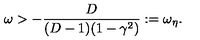
\omega > - \frac { D } { ( D - 1 ) ( 1 - \gamma ^ { 2 } ) } : = \omega _ { \eta } .